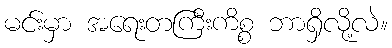
မင်းမှာ အရေးတကြီးကိစ္စ ဘာရှိလို့လဲ။